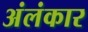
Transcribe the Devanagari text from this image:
अंलंकार